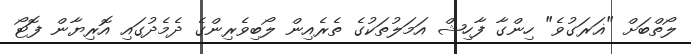
ލޯތްބަށް "ޣަރަގުވެ" ހިންގާ ފާހިޝް އަމަލުތަކުގެ ތެރެއިން ލޯބިވެރިންގެ ދެމެދުގައި އޮރިޔާން ފޮޓޯ